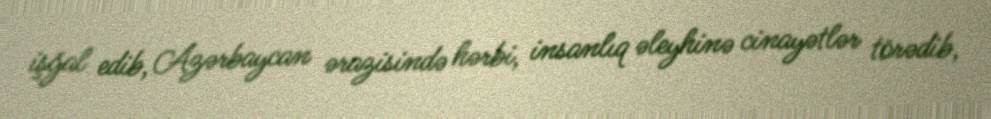
işğal edib, Azərbaycan ərazisində hərbi, insanlıq əleyhinə cinayətlər törədib,